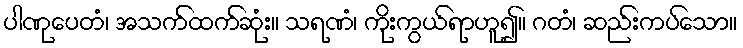
ပါဏုပေတံ၊ အသက်ထက်ဆုံး။ သရဏံ၊ ကိုးကွယ်ရာဟူ၍။ ဂတံ၊ ဆည်းကပ်သော။